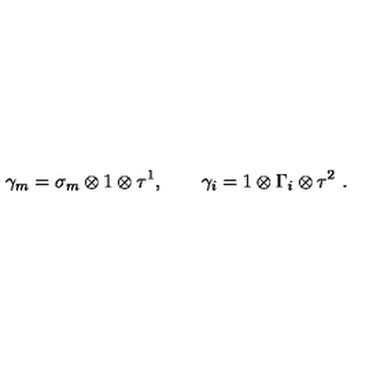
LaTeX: \gamma _ { m } = \sigma _ { m } \otimes 1 \otimes \tau ^ { 1 } , \qquad \gamma _ { i } = 1 \otimes \Gamma _ { i } \otimes \tau ^ { 2 } \ .